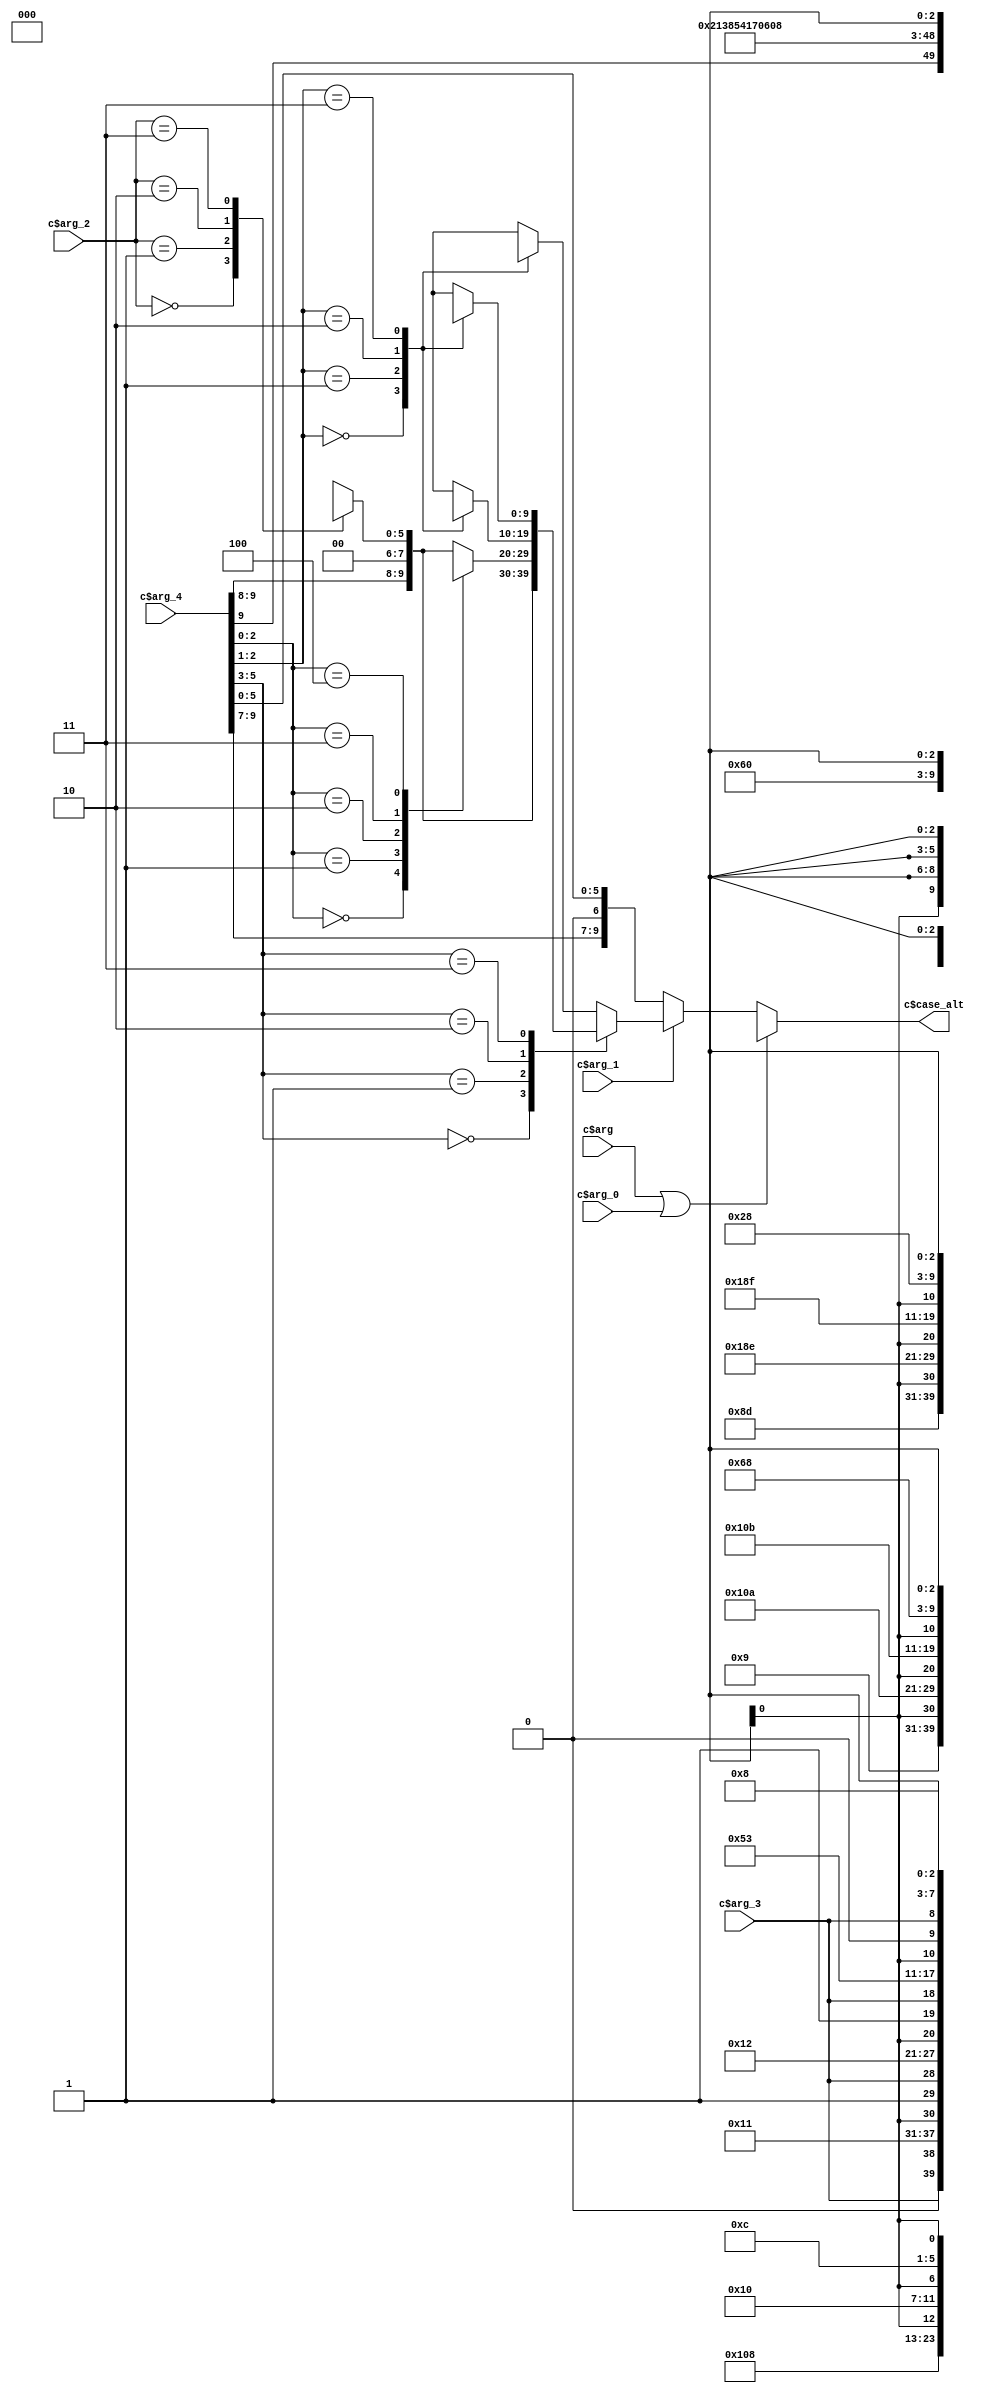
/* AUTOMATICALLY GENERATED VERILOG-2001 SOURCE CODE.
** GENERATED BY CLASH 1.6.3. DO NOT MODIFY.
*/
`timescale 100fs/100fs
module Hdmi_I2C_BitMaster_bitMaster_bitStateMachine
    ( // Inputs
      input  c$arg
    , input  c$arg_0
    , input  c$arg_1
    , input [2:0] c$arg_2
    , input  c$arg_3
    , input [9:0] c$arg_4

      // Outputs
    , output wire [9:0] c$case_alt
    );
  wire [9:0] c$case_alt_0;
  reg [9:0] result;
  reg [9:0] c$case_alt_1;
  reg [9:0] c$case_alt_2;
  reg [9:0] c$case_alt_3;
  reg [9:0] c$case_alt_4;
  wire  c$app_arg;
  reg [5:0] c$app_arg_0;
  wire [9:0] result_0;
  wire [5:0] result_selection_1;
  wire [1:0] c$case_alt_selection_4;
  wire [1:0] c$case_alt_selection_8;
  wire [1:0] c$case_alt_selection_12;
  wire [2:0] c$case_alt_selection_16;

  assign c$case_alt = (c$arg | c$arg_0) ? {1'b1,
                                           1'b1,   1'b0,   1'b0,
                                           {3'b000,3'bxxx}} : c$case_alt_0;

  assign c$case_alt_0 = c$arg_1 ? result : {c$arg_4[9:9],
                                            c$arg_4[8:8],   c$arg_4[7:7],   1'b0,
                                            c$arg_4[5:0]};

  assign result_selection_1 = c$arg_4[5:0];

  always @(*) begin
    case(result_selection_1[5:3])
      3'b000 : result = result_0;
      3'b001 : result = c$case_alt_4;
      3'b010 : result = c$case_alt_3;
      3'b011 : result = c$case_alt_2;
      default : result = c$case_alt_1;
    endcase
  end

  assign c$case_alt_selection_4 = c$arg_4[2:1];

  always @(*) begin
    case(c$case_alt_selection_4)
      2'd0 : c$case_alt_1 = {1'b0,   c$app_arg,
                             1'b0,   1'b0,   {3'b100,2'd1,1'bx}};
      2'd1 : c$case_alt_1 = {1'b1,   c$app_arg,
                             1'b0,   1'b0,   {3'b100,2'd2,1'bx}};
      2'd2 : c$case_alt_1 = {1'b1,   c$app_arg,
                             1'b1,   1'b0,   {3'b100,2'd3,1'bx}};
      2'd3 : c$case_alt_1 = {1'b0,   c$app_arg,
                             1'b0,   1'b1,   {3'b000,3'bxxx}};
      default : c$case_alt_1 = result_0;
    endcase
  end

  assign c$case_alt_selection_8 = c$arg_4[2:1];

  always @(*) begin
    case(c$case_alt_selection_8)
      2'd0 : c$case_alt_2 = {1'b0,   1'b1,   1'b0,
                             1'b0,   {3'b011,2'd1,1'bx}};
      2'd1 : c$case_alt_2 = {1'b1,   1'b1,   1'b0,
                             1'b0,   {3'b011,2'd2,1'bx}};
      2'd2 : c$case_alt_2 = {1'b1,   1'b1,   1'b0,
                             1'b0,   {3'b011,2'd3,1'bx}};
      2'd3 : c$case_alt_2 = {1'b0,   1'b1,   1'b0,
                             1'b1,   {3'b000,3'bxxx}};
      default : c$case_alt_2 = result_0;
    endcase
  end

  assign c$case_alt_selection_12 = c$arg_4[2:1];

  always @(*) begin
    case(c$case_alt_selection_12)
      2'd0 : c$case_alt_3 = {1'b0,   1'b0,   1'b0,
                             1'b0,   {3'b010,2'd1,1'bx}};
      2'd1 : c$case_alt_3 = {1'b1,   1'b0,   1'b0,
                             1'b0,   {3'b010,2'd2,1'bx}};
      2'd2 : c$case_alt_3 = {1'b1,   1'b0,   1'b0,
                             1'b0,   {3'b010,2'd3,1'bx}};
      2'd3 : c$case_alt_3 = {1'b1,   1'b1,   1'b0,
                             1'b1,   {3'b000,3'bxxx}};
      default : c$case_alt_3 = result_0;
    endcase
  end

  assign c$case_alt_selection_16 = c$arg_4[2:0];

  always @(*) begin
    case(c$case_alt_selection_16)
      3'd0 : c$case_alt_4 = {c$arg_4[9:9],   1'b1,
                             1'b0,   1'b0,   {3'b001,3'd1}};
      3'd1 : c$case_alt_4 = {1'b1,   1'b1,   1'b0,
                             1'b0,   {3'b001,3'd2}};
      3'd2 : c$case_alt_4 = {1'b1,   1'b0,   1'b0,
                             1'b0,   {3'b001,3'd3}};
      3'd3 : c$case_alt_4 = {1'b1,   1'b0,   1'b0,
                             1'b0,   {3'b001,3'd4}};
      3'd4 : c$case_alt_4 = {1'b0,   1'b0,   1'b0,
                             1'b1,   {3'b000,3'bxxx}};
      default : c$case_alt_4 = result_0;
    endcase
  end

  assign c$app_arg = c$arg_3 == (1'b1);

  always @(*) begin
    case(c$arg_2)
      3'b000 : c$app_arg_0 = {3'b001,3'd0};
      3'b001 : c$app_arg_0 = {3'b010,2'd0,1'bx};
      3'b010 : c$app_arg_0 = {3'b100,2'd0,1'bx};
      3'b011 : c$app_arg_0 = {3'b011,2'd0,1'bx};
      default : c$app_arg_0 = {3'b000,3'bxxx};
    endcase
  end

  assign result_0 = {c$arg_4[9:9],
                     c$arg_4[8:8],   1'b0,   1'b0,   c$app_arg_0};


endmodule